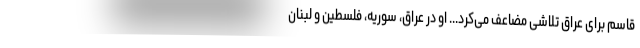
قاسم برای عراق تلاشی مضاعف می‌کرد... او در عراق، سوریه، فلسطین و لبنان